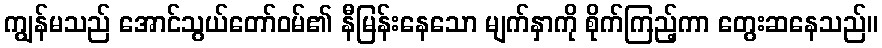
ကျွန်မသည် အောင်သွယ်တော်ဝမ်၏ နီမြန်းနေသော မျက်နှာကို စိုက်ကြည့်ကာ တွေးဆနေသည်။